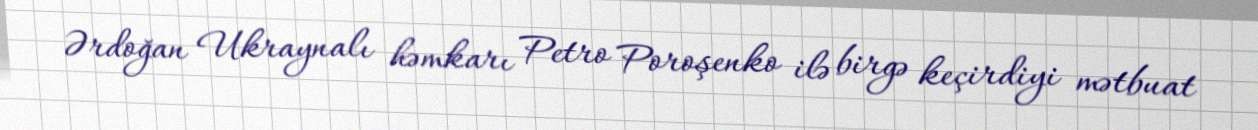
Ərdoğan Ukraynalı həmkarı Petro Poroşenko ilə birgə keçirdiyi mətbuat